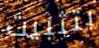
بتثبيت